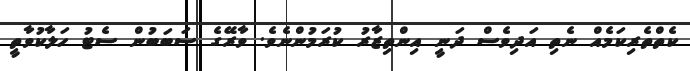
ކެތްތެރިކަމެއް ނެތި އަދިވެސް ދަނީ އިންތިޒާރު ކުރަމުންނެވެ. ވާރޭގެ ސަބަބުން ސެޓު ހަލާކުވާތީ